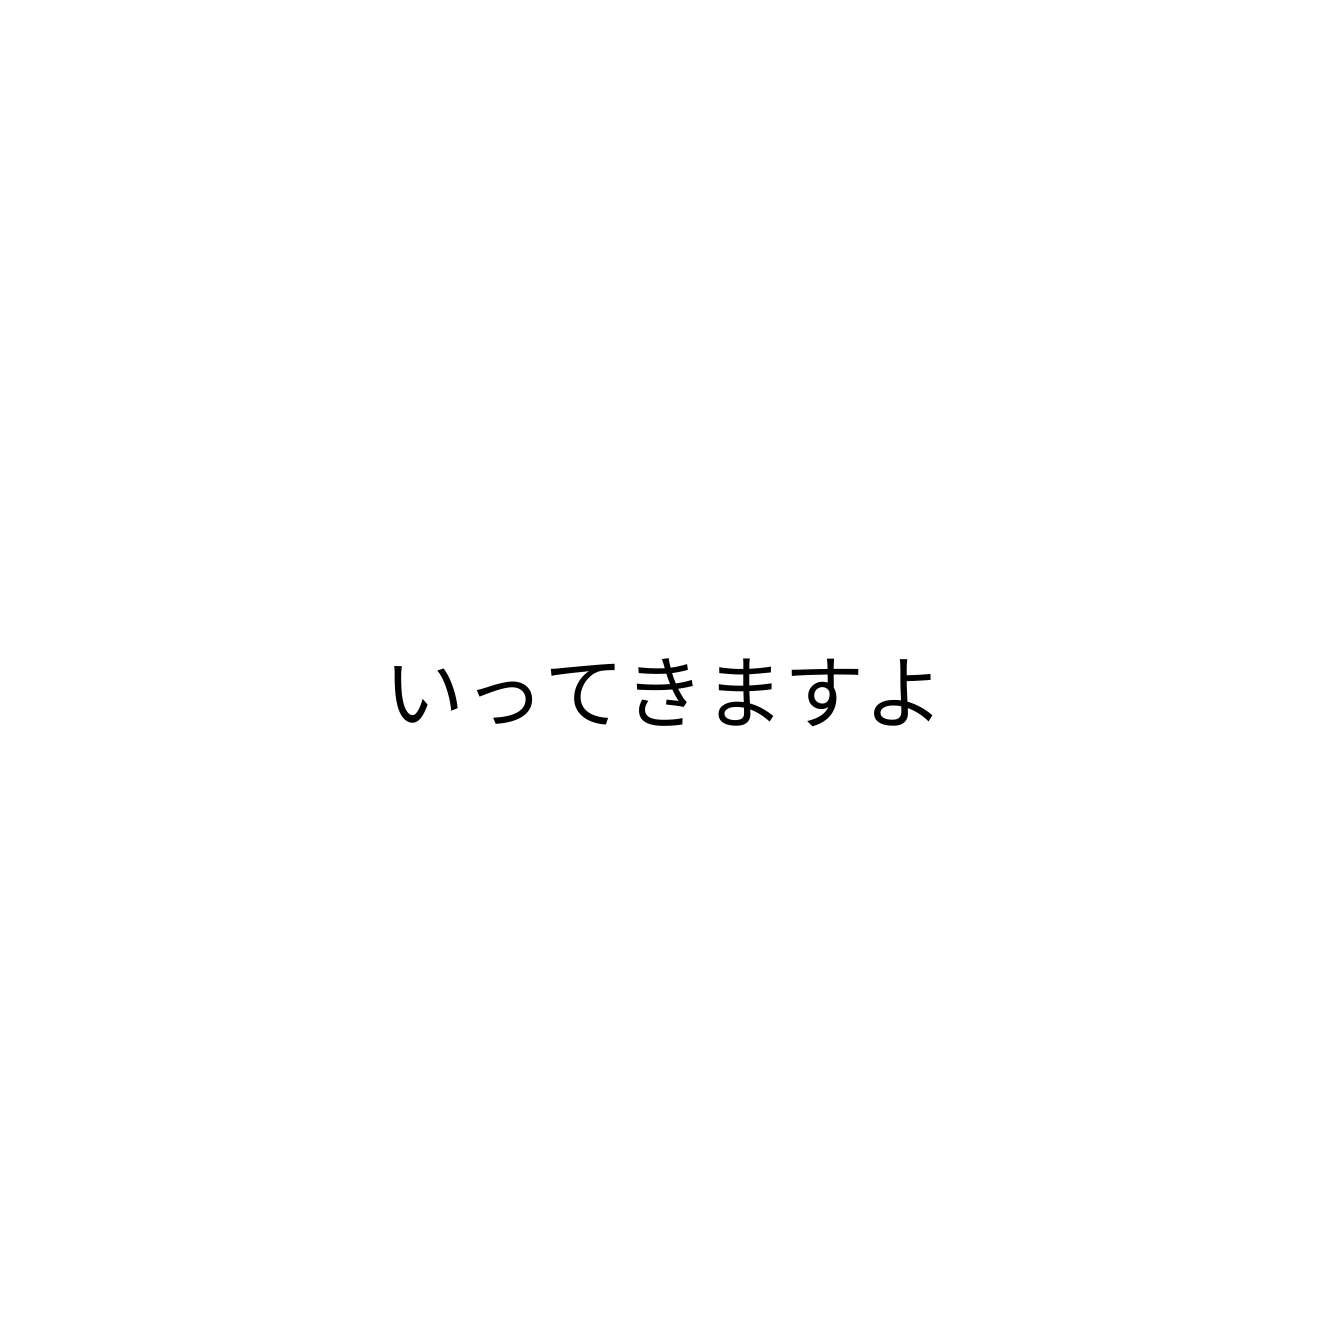
いってきますよ